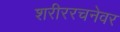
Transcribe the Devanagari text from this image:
शरीररचनेवर